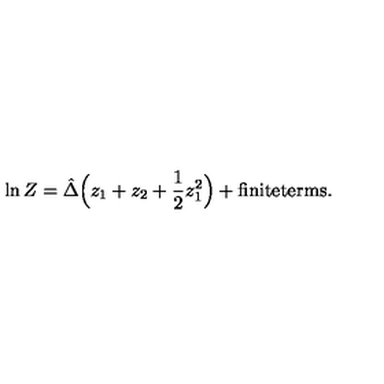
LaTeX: \ln Z = \hat { \Delta } \Big ( z _ { 1 } + z _ { 2 } + \frac { 1 } { 2 } z _ { 1 } ^ { 2 } \Big ) + \mathrm { f i n i t e t e r m s } .